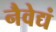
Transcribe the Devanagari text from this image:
नैवेद्यं